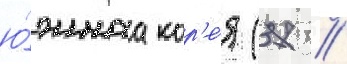
ю́жнаа кор'е́я (37 /